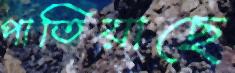
পাতিয়াছে